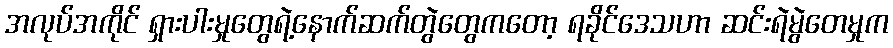
အလုပ်အကိုင် ရှားပါးမှုတွေရဲ့နောက်ဆက်တွဲတွေကတော့ ရခိုင်ဒေသဟာ ဆင်းရဲမွဲတေမှုက